Civil Veterinary Dept. Assam report 1911-1927 - 1911-1927
Year: 1911
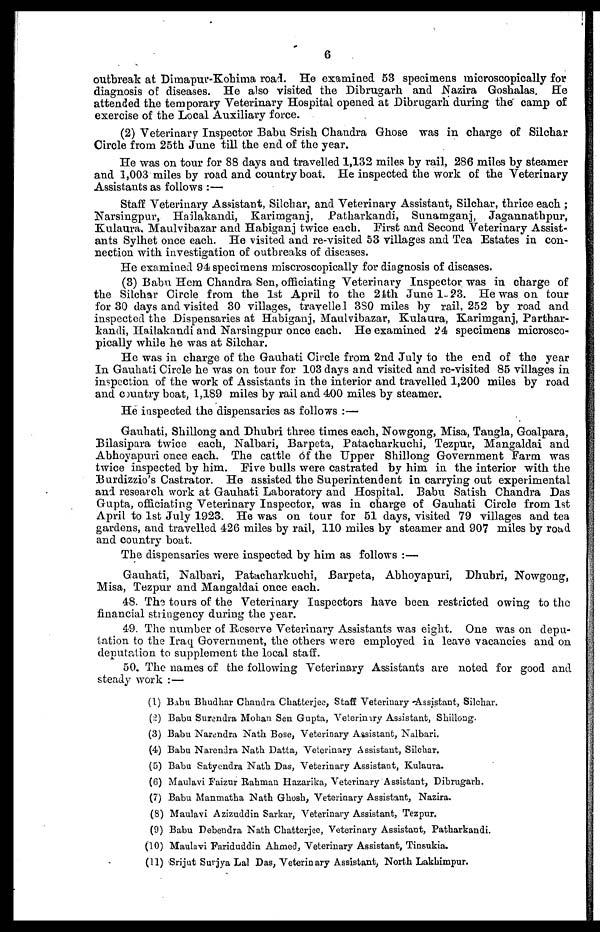
6
outbreak at Dimapur-Kohima road. He examined 53 specimens microscopically for
diagnosis of diseases. He also visited the Dibrugarh and Nazira Goshalas. He
attended the temporary Veterinary Hospital opened at Dibrugarh during the camp of
exercise of the Local Auxiliary force.
(2) Veterinary Inspector Babu Srish Chandra Ghose was in charge of Silchar
Circle from 25th June till the end of the year.
He was on tour for 88 days and travelled 1,132 miles by rail, 286 miles by steamer
and 1,003 miles by road and country boat. He inspected the work of the Veterinary
Assistants as follows :—
Staff Veterinary Assistant, Silchar, and Veterinary Assistant, Silchar, thrice each ;
Narsingpur, Hailakandi, Karimganj, Patharkandi, Sunamganj, Jagannathpur,
Kulaura. Maulvibazar and Habiganj twice each. First and Second Veterinary Assist-
ants Sylhet once each. He visited and re-visited 53 villages and Tea Estates in con-
nection with investigation of outbreaks of diseases.
He examined 94 specimens miscroscopically for diagnosis of diseases.
(3) Babu Hem Chandra Sen, officiating Veterinary Inspector was in charge of
the Silchar Circle from the 1st April to the 24th June 1 23. He was on tour
for 30 days and visited 30 villages, travelled 3S0 miles by rail, 252 by road and
inspected the Dispensaries at Habiganj, Maulvibazar, Kulaura, Karimganj, Parthar-
kandi, Hailakandi and Narsingpur once each. He examined 24 specimens microsco-
pically while he was at Silchar.
He was in charge of the Gauhati Circle from 2nd July to the end of the year
In Gauhati Circle he was on tour for 103 days and visited and re-visited 85 villages in
inspection of the work of Assistants in the interior and travelled 1,200 miles by road
and country boat, 1,189 miles by rail and 400 miles by steamer.
He inspected the dispensaries as follows :—
Gauhati, Shillong and Dhubri three times each, Nowgong, Misa, Tangla, Goalpara,
Bilasipara twice each, Nalbari, Barpeta, Patacharkuchi, Tezpur, Mangaldai and
Abhoyapuri once each. The cattle of the Upper Shillong Government Farm was
twice inspected by him. Five bulls were castrated by him in the interior with the
Burdizzio's Castrator. Ho assisted the Superintendent in carrying out experimental
and research work at Gauhati Laboratory and Hospital. Babu Satish Chandra Das
Gupta, officiating Veterinary Inspector, was in charge of Gauhati Circle from 1st
April to 1st July 1923. He was on tour for 51 days, visited 79 villages and tea
gardens, and travelled 426 miles by rail, 110 miles by steamer and 907 miles by road
and country boat.
The dispensaries were inspected by him as follows :—
Gauhati, Nalbari, Patacharkuchi, Barpeta, Abhoyapuri, Dhubri, Nowgong,
Misa, Tezpur and Mangaldai once each.
48. The tours of the Veterinary Inspectors have been restricted owing to the
financial stringency during the year.
49. The number of Reserve Veterinary Assistants was eight. One was on depu-
tation to the Iraq Government, the others were employed in leave vacancies and on
deputation to supplement the local staff.
50. The names of the following Veterinary Assistants are noted for good and
steady work : —
(1) Babu Bhudhar Chandra Chatterjee, Staff Veterinary -Assistant, Silchar.
(2) Babu Surendra Mohan Sen Gupta, Veterinary Assistant, Shillong.
(3) Babu Narendra Nath Bose, Veterinary Assistant, Nalbari.
(4) Babu Narendra Nath Datta, Veterinary Assistant, Silchar.
(5) Babu Satyendra Nath Das, Veterinary Assistant, Kulaura.
(6) Maulavi Faizur Rahman Hazarika, Veterinary Assistant, Dibrugarh.
(7) Babu Manmatha Nath Ghosh, Veterinary Assistant, Nazira.
(8) Maulavi Azizuddin Sarkar, Veterinary Assistant, Tezpur.
(9) Babu Debendra Nath Chatterjee, Veterinary Assistant, Patharkandi.
(10) Maulavi Fariduddin Ahmed, Veterinary Assistant, Tinsukia.
(11) Srijut Surjya Lal Das, Veterinary Assistant, North Lakhimpur.